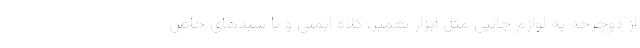
از دوچرخه به لوازم جانبی مثل ابزار تعمیر، کلاه ایمنی و یا سبدهای خاص